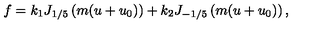
f = k _ { 1 } J _ { 1 / 5 } \left( m ( u + u _ { 0 } ) \right) + k _ { 2 } J _ { - 1 / 5 } \left( m ( u + u _ { 0 } ) \right) ,